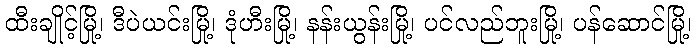
ထီးချိုင့်မြို့၊ ဒီပဲယင်းမြို့၊ ဒုံဟီးမြို့၊ နန်းယွန်းမြို့၊ ပင်လည်ဘူးမြို့၊ ပန်ဆောင်မြို့၊